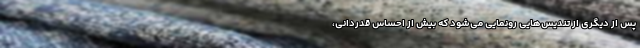
پس از دیگری از تندیس‌هایی رونمایی می‌شود که بیش از احساس قدردانی،